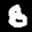
Label: 8